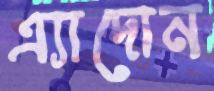
এ্যাদোন